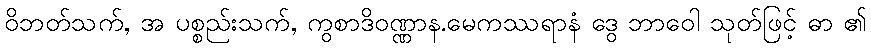
ဝိဘတ်သက်, အ ပစ္စည်းသက်, ကွစာဒိဝဏ္ဏာန.မေကဿရာနံ ဒွေ ဘာဝေါ သုတ်ဖြင့် ဓာ ၏